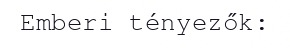
Emberi tényezők: